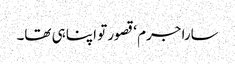
سارا جرم ‘ قصور تو اپنا ہی تھا۔